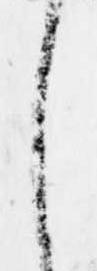
し